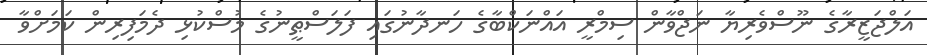
އަލްޖަޒީރާގެ ނޫސްވެރިޔާ ނަޖްވާން ސިމްރީ އައްނަކްބާގެ ހަނދާނުގައި ފަލަސްޠީނުގެ މުސްކުޅި ދެމަފިރިން ކަމަށްވާ